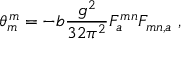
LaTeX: \theta _ { m } ^ { m } = - b \frac { g ^ { 2 } } { 3 2 \pi ^ { 2 } } F _ { a } ^ { m n } F _ { m n , a } \ ,